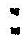
: